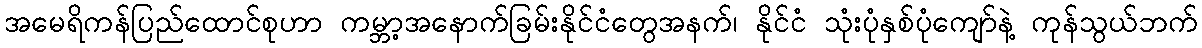
အမေရိကန်ပြည်ထောင်စုဟာ ကမ္ဘာ့အနောက်ခြမ်းနိုင်ငံတွေအနက်၊ နိုင်ငံ သုံးပုံနှစ်ပုံကျော်နဲ့ ကုန်သွယ်ဘက်